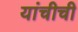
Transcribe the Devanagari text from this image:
यांचीची